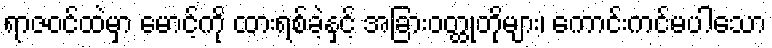
ရာဇဝင်ထဲမှာ မောင့်ကို ထားရစ်ခဲ့နှင့် အခြားဝတ္ထုတိုများ၊ ကောင်းကင်မပါသော